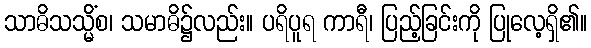
သာဓိသသ္မိံစ၊ သမာဓိ၌လည်း။ ပရိပူရ ကာရီ၊ ပြည့်ခြင်းကို ပြုလေ့ရှိ၏။